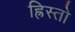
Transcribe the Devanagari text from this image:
ह्रिस्तो